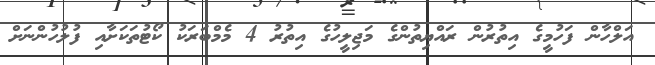
އަލްހާން ފަހުމީގެ އިތުރުން ރައްޔިތުންގެ މަޖިލީހުގެ އިތުރު 4 މެމްބަރަކު ކޯޓުތަކަށާއި ފުލުހުންނަށް